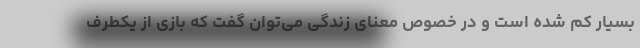
بسیار کم شده است و در خصوص معنای زندگی می‌توان گفت که بازی از یکطرف